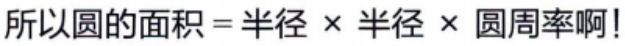
所以圆的面积 = 半径 $\times$ 半径 $\times$ 圆周率啊!